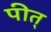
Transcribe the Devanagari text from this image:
पीत्